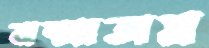
ঝল্‌সাতাম